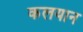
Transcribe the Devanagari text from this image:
कलयान